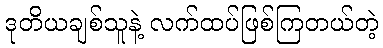
ဒုတိယချစ်သူနဲ့ လက်ထပ်ဖြစ်ကြတယ်တဲ့